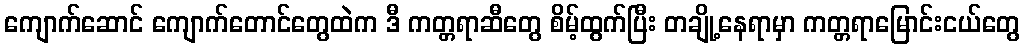
ကျောက်ဆောင် ကျောက်တောင်တွေထဲက ဒီ ကတ္တရာဆီတွေ စိမ့်ထွက်ပြီး တချို့နေရာမှာ ကတ္တရာမြောင်းငယ်တွေ